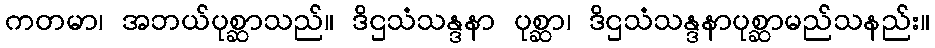
ကတမာ၊ အဘယ်ပုစ္ဆာသည်။ ဒိဌသံသန္ဒနာ ပုစ္ဆာ၊ ဒိဌသံသန္ဒနာပုစ္ဆာမည်သနည်း။